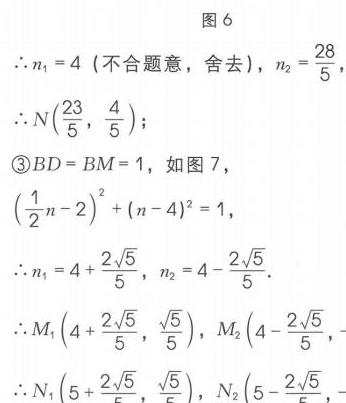
图6
\(\therefore n_{1}=4\) (不合题意，舍去)，\(n_{2}=\frac{28}{5}\)
\(\therefore N(\frac{23}{5},\frac{4}{5})\)；
\textcircled{3}\(BD = BM = 1\)，如图7，
\((\frac{1}{2}n - 2)^{2}+(n - 4)^{2}=1\)，
\(\therefore n_{1}=4+\frac{2\sqrt{5}}{5}\)，\(n_{2}=4-\frac{2\sqrt{5}}{5}\)．
\(\therefore M_{1}(4+\frac{2\sqrt{5}}{5},\frac{\sqrt{5}}{5})\)，\(M_{2}(4-\frac{2\sqrt{5}}{5},-\)
\(\therefore N_{1}(5+\frac{2\sqrt{5}}{5},\frac{\sqrt{5}}{5})\)，\(N_{2}(5-\frac{2\sqrt{5}}{5},-\)